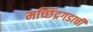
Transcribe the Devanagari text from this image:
मच्छिंद्रगडाची